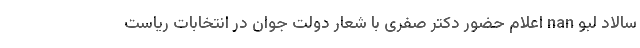
سالاد لبو nan اعلام حضور دکتر صفری با شعار دولت جوان در انتخابات ریاست